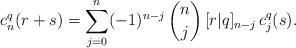
LaTeX: \begin{align*}c_n^q(r+s)=\sum_{j=0}^n (-1)^{n-j}\,\binom{n}{j}\,[r|q]_{n-j}\,c_j^q(s).\end{align*}